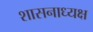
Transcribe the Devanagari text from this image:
शासनाध्‍यक्ष